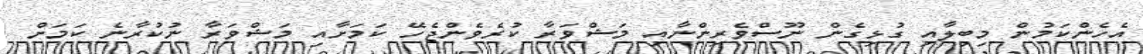
އެހެންކަމުން މިބިލާއި ގުޅިގެން ނޫސްވެރިންނާއި މަޝްވަރާ ކުރެވެންޖެހޭ ކަމަށާއި މަޝްވަރާ ނުކުރާނެ ކަމަށް